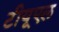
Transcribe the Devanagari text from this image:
टीयूएल